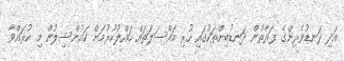
އަދި ދަނޑުވެރިންގެ ފަރާތުން ދަނޑުބިންތަކުގައި ހުރި މައްސަލަތައް ހައްލުކުރުމަށް ކައުންސިލުން މި ކުރައްވާ